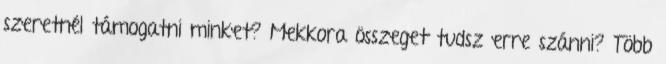
szeretnél támogatni minket? Mekkora összeget tudsz erre szánni? Több